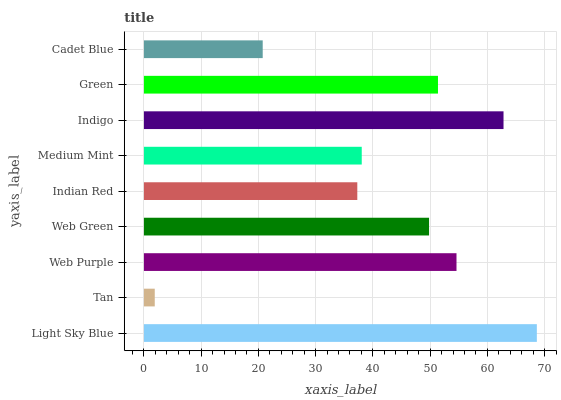
| yaxis_label | bars |
 | --- | --- |
 | Light Sky Blue | 68.6 |
 | Tan | 1.89 |
 | Web Purple | 54.6 |
 | Web Green | 49.8 |
 | Indian Red | 37.3 |
 | Medium Mint | 38.1 |
 | Indigo | 62.8 |
 | Green | 51.4 |
 | Cadet Blue | 20.8 |